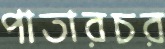
পাতারচর